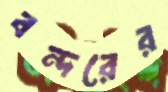
বন্দরের